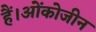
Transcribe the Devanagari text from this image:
हैं।ओंकोजीन